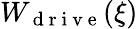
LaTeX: W_{\mathrm{~d~r~i~v~e~}}(\xi)